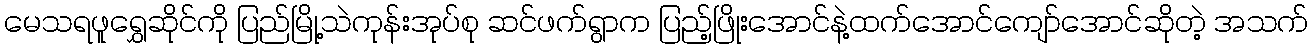
မေသရဖူရွှေဆိုင်ကို ပြည်မြို့သဲကုန်းအုပ်စု ဆင်ဖက်ရွာက ပြည့်ဖြိုးအောင်နဲ့ထက်အောင်ကျော်အောင်ဆိုတဲ့ အသက်